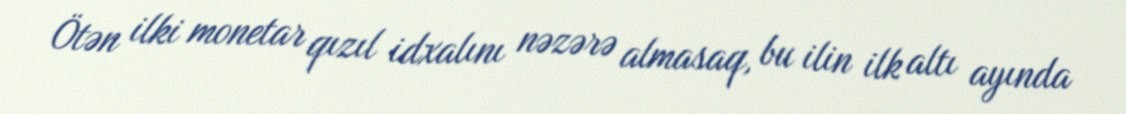
Ötən ilki monetar qızıl idxalını nəzərə almasaq, bu ilin ilk altı ayında